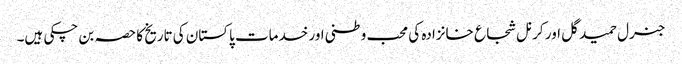
جنرل حمید گل اور کرنل شجاع خانزادہ کی محب وطنی اور خدمات پاکستان کی تاریخ کا حصہ بن چکی ہیں۔